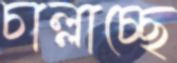
চাল্লাচ্ছে